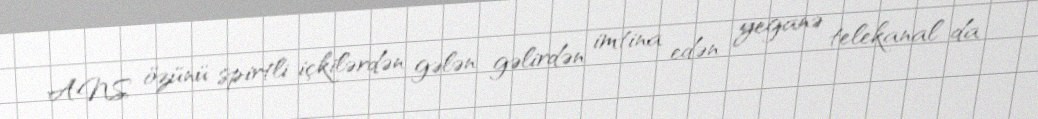
ANS özünü spirtli içkilərdən gələn gəlirdən imtina edən yeganə telekanal da